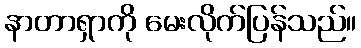
နာတာရှာကို မေးလိုက်ပြန်သည်။